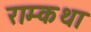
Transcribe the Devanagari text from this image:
राम्कथा